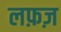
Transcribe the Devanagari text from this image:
लफ़ज़